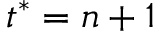
t ^ { * } = n + 1